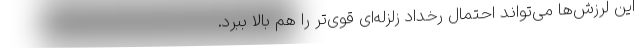
این لرزش‌ها می‌تواند احتمال رخداد زلزله‌ای قوی‌تر را هم بالا ببرد.